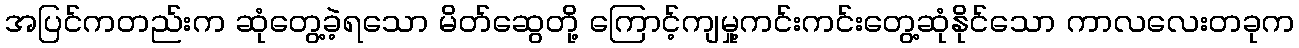
အပြင်ကတည်းက ဆုံတွေ့ခဲ့ရသော မိတ်ဆွေတို့ ကြောင့်ကျမှု့ကင်းကင်းတွေ့ဆုံနိုင်သော ကာလလေးတခုက